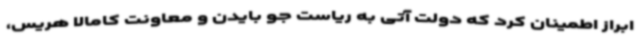
ابراز اطمینان کرد که دولت آتی به ریاست جو بایدن و معاونت کامالا هریس،